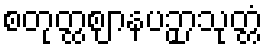
စတုတ္ထဈာနပဉှာသုတ္တံ